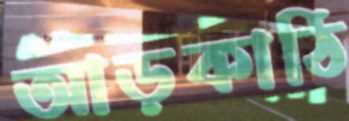
আড়কাঠি